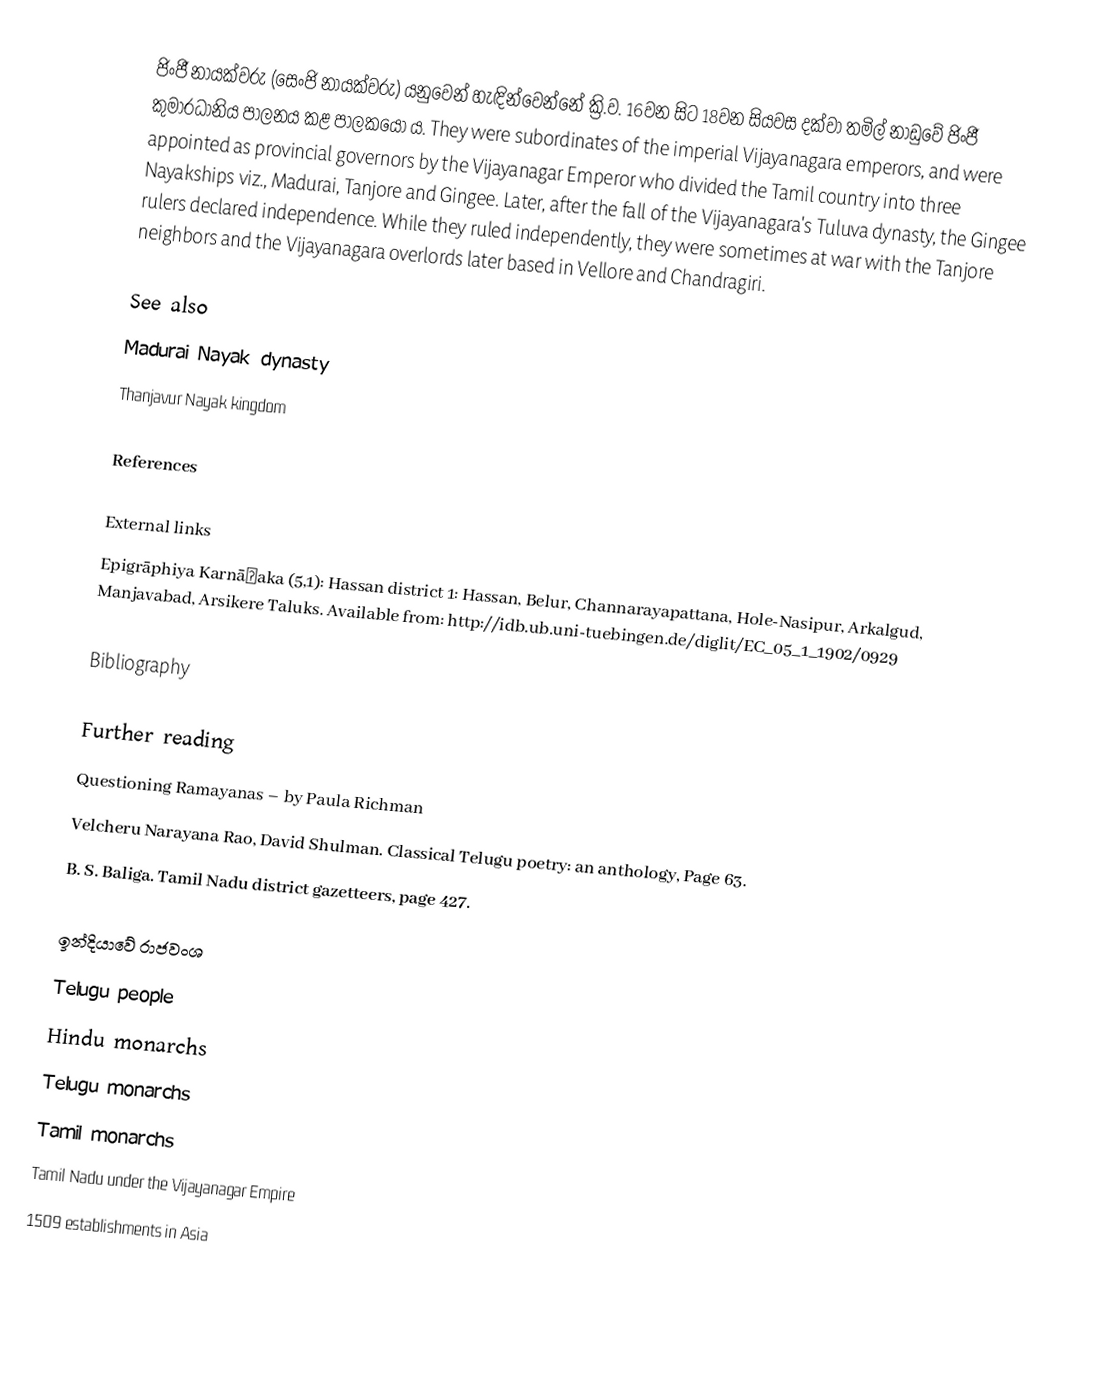
ජිංජී නායක්වරු (සෙංජි නායක්වරු) යනුවෙන් හැඳින්වෙන්නේ ක්‍රි.ව. 16වන සිට 18වන සියවස දක්වා තමිල් නාඩුවේ ජිංජී කුමාරධානිය පාලනය කළ පාලකයෝ ය. They were subordinates of the imperial Vijayanagara emperors, and were appointed as provincial governors by the Vijayanagar Emperor who divided the Tamil country into three Nayakships viz., Madurai, Tanjore and Gingee. Later, after the fall of the Vijayanagara's Tuluva dynasty, the Gingee rulers declared independence. While they ruled independently, they were sometimes at war with the Tanjore neighbors and the Vijayanagara overlords later based in Vellore and Chandragiri.

See also
 Madurai Nayak dynasty
 Thanjavur Nayak kingdom

References

External links
 Epigrāphiya Karnāṭaka (5,1): Hassan district 1: Hassan, Belur, Channarayapattana, Hole-Nasipur, Arkalgud, Manjavabad, Arsikere Taluks. Available from: http://idb.ub.uni-tuebingen.de/diglit/EC_05_1_1902/0929

Bibliography

Further reading
Questioning Ramayanas – by Paula Richman
Velcheru Narayana Rao, David Shulman. Classical Telugu poetry: an anthology, Page 63.
B. S. Baliga. Tamil Nadu district gazetteers, page 427.

ඉන්දියාවේ රාජවංශ
Telugu people
Hindu monarchs
Telugu monarchs
Tamil monarchs
Tamil Nadu under the Vijayanagar Empire
1509 establishments in Asia